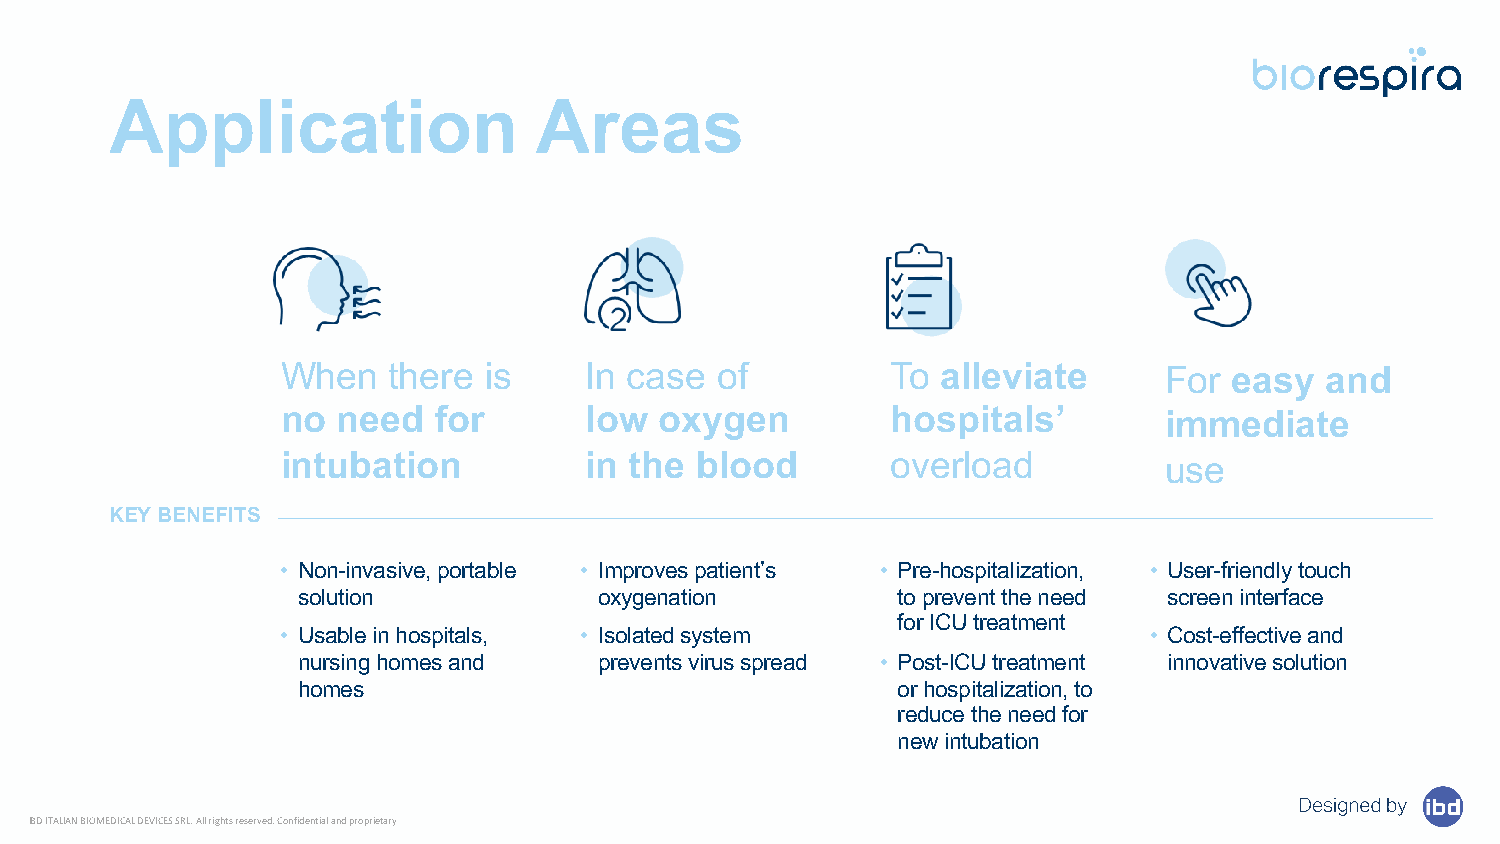
Application                 Areas
 When   there is     In case of          To alleviate      For  easy  and
 no need   for       low  oxygen         hospitals’        immediate
 intubation          in the blood        overload          use
 KEY BENEFITS
 • Non-invasive, portable • Improves patient’s • Pre-hospitalization, • User-friendly touch
 solution            oxygenation        to prevent the need screen interface
 for ICU treatment
 • Usable in hospitals, • Isolated system                 • Cost-effective and
 nursing homes and   prevents virus spread • Post-ICU treatment innovative solution
 homes                                  or hospitalization, to
 reduce the need for
 new intubation
 IBD ITALIAN BIOMEDICAL DEVICES SRL. All rights reserved. Confidential and proprietary